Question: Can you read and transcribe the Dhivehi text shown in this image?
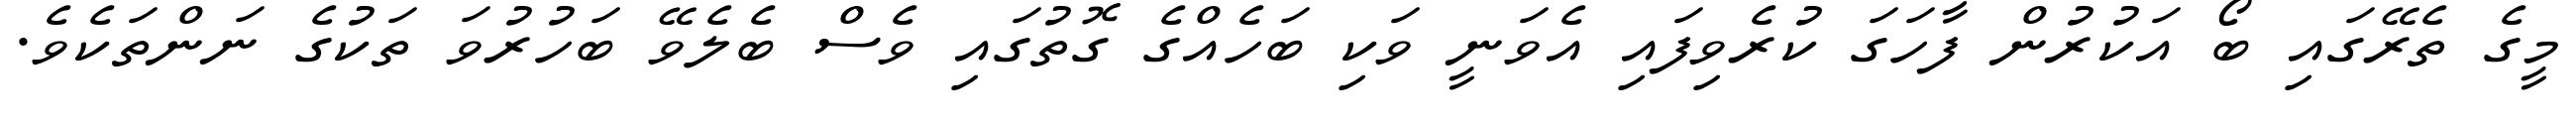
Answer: މީގެ ތެރޭގައި ބޯ އަކުރުން ފާހަގަ ކުރެވިފައި އެވަނީ ވަކި ބަހެއްގެ ގޮތުގައި ވެސް ބެލެވޭ ބަހުރުވަ ތަކުގެ ނަންތަކެވެ.